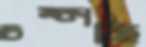
চম্‌কাচ্ছি